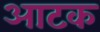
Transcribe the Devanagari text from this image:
आटक